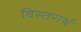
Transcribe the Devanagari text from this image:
विस्तरार्थ